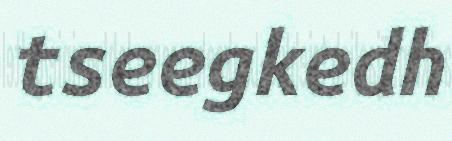
tseegkedh